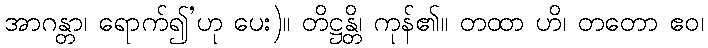
အာဂန္တာ၊ ရောက်၍’ဟု ပေး)။ တိဋ္ဌန္တိ၊ ကုန်၏။ တထာ ဟိ၊ တတော ဧဝ၊